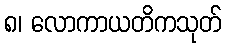
၈၊ လောကာယတိကသုတ်